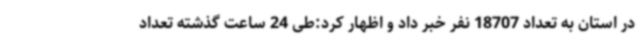
در استان به تعداد 18707 نفر خبر داد و اظهار کرد:طی 24 ساعت گذشته تعداد